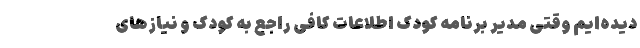
دیده‌ایم وقتی مدیر برنامه کودک اطلاعات کافی راجع به کودک و نیازهای